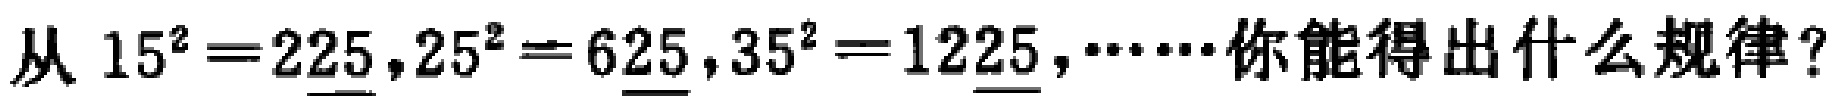
从 \(15^{2}=225\)，\(25^{2}=625\)，\(35^{2}=1225\)，……你能得出什么规律？